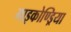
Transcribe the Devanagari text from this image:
माइकोण्ड्रिया